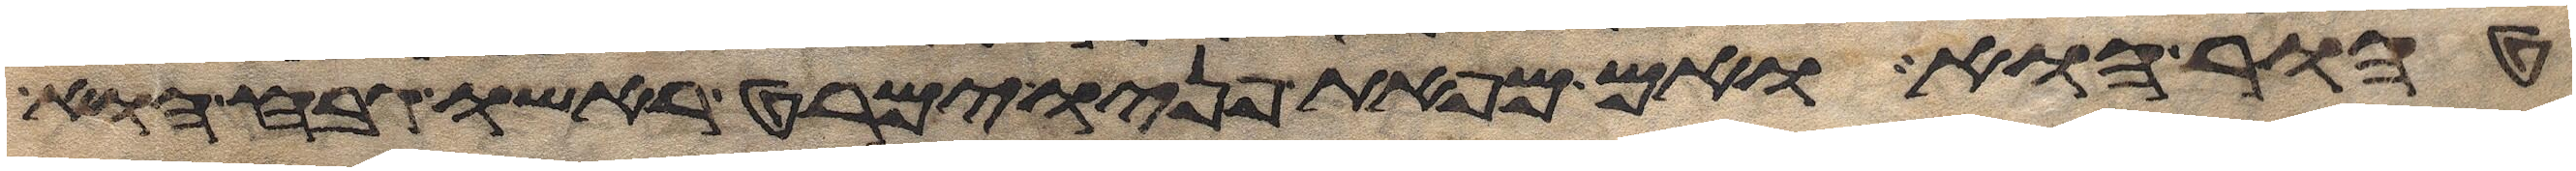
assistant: טהור הוא ואם מפאת פניו ימרט ראשו גבח הוא